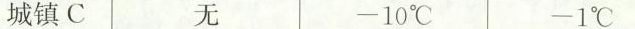
城镇C -10℃ -1℃